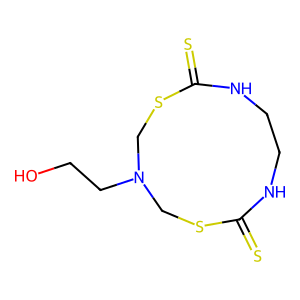
SMILES: OCCN1CSC(=S)NCCNC(=S)SC1
Inhibits HIV replication: No